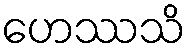
ဟေဿသိ